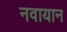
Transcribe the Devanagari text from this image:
नवायान